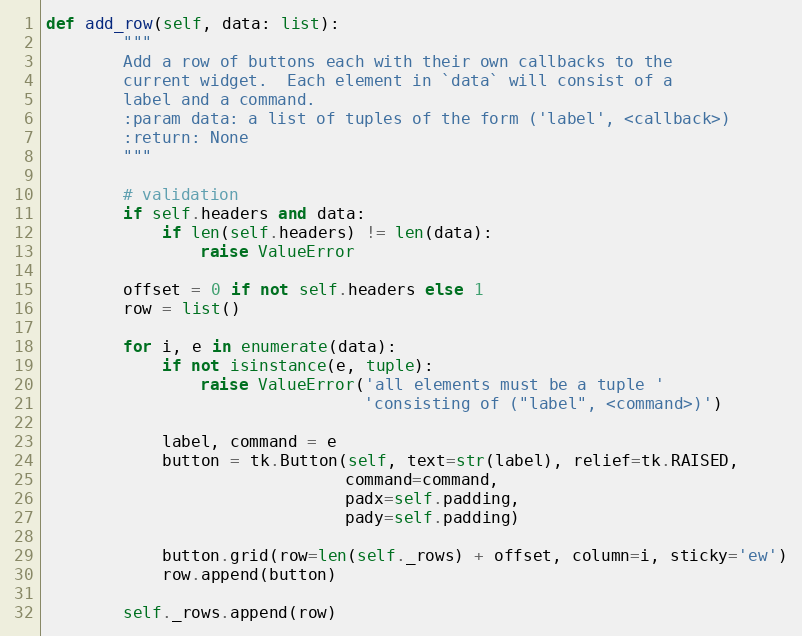
Language: Python
def add_row(self, data: list):
        """
        Add a row of buttons each with their own callbacks to the
        current widget.  Each element in `data` will consist of a
        label and a command.
        :param data: a list of tuples of the form ('label', <callback>)
        :return: None
        """

        # validation
        if self.headers and data:
            if len(self.headers) != len(data):
                raise ValueError

        offset = 0 if not self.headers else 1
        row = list()

        for i, e in enumerate(data):
            if not isinstance(e, tuple):
                raise ValueError('all elements must be a tuple '
                                 'consisting of ("label", <command>)')

            label, command = e
            button = tk.Button(self, text=str(label), relief=tk.RAISED,
                               command=command,
                               padx=self.padding,
                               pady=self.padding)

            button.grid(row=len(self._rows) + offset, column=i, sticky='ew')
            row.append(button)

        self._rows.append(row)